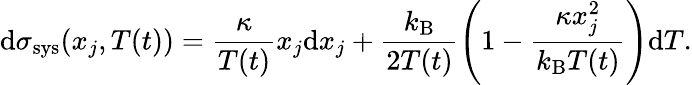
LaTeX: \mathrm{d}\sigma_{\mathrm{sys}}(x_{j},T(t))=\frac{\kappa}{T(t)}x_{j}\textrm{d}x_{j}+\frac{k_{\mathrm{B}}}{2T(t)}\left(1-\frac{\kappa x_{j}^{2}}{k_{\mathrm{B}}T(t)}\right)\textrm{d}T.